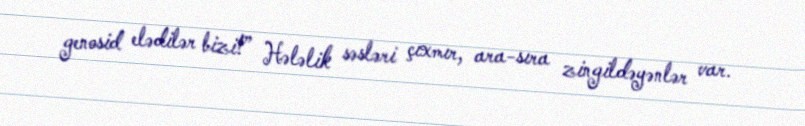
genosid elədilər bizi!” Hələlik səsləri çıxmır, ara-sıra zingildəyənlər var.